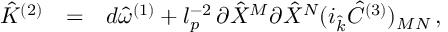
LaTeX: \begin{array} { r c l } { { { \hat { \cal K } } ^ { ( 2 ) } } } & { { = } } & { { d { \hat { \omega } } ^ { ( 1 ) } + l _ { p } ^ { - 2 } \, \partial { \hat { X } } ^ { M } \partial { \hat { X } } ^ { N } ( i _ { \hat { k } } { \hat { C } } ^ { ( 3 ) } ) _ { M N } \, , } } \end{array}